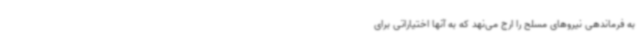
به فرماندهی نیروهای مسلح را ارج می‌نهد که به آنها اختیاراتی برای